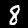
Label: 8